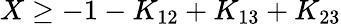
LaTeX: X\ge-1-K_{12}+K_{13}+K_{23}